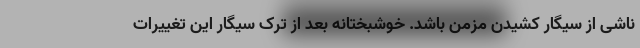
ناشی از سیگار کشیدن مزمن باشد. خوشبختانه بعد از ترک سیگار این تغییرات